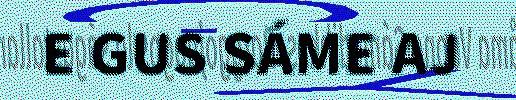
E GUS SÁME AJ